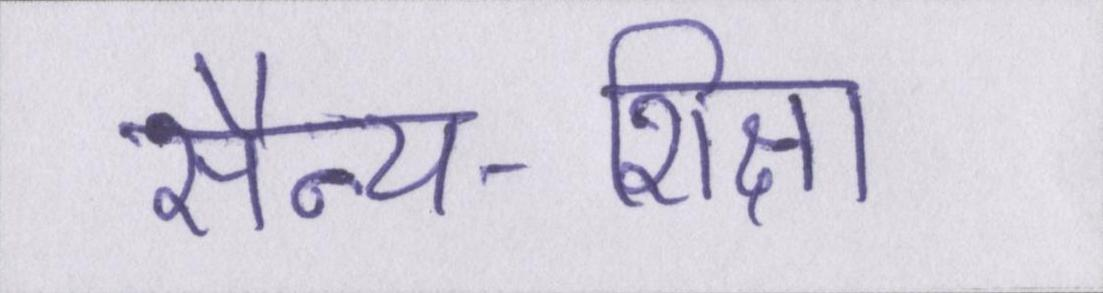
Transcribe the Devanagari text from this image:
सैन्य-शिक्षा